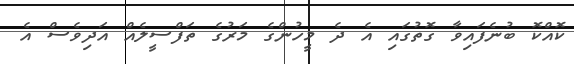
ކޮއްކޮ ބުނެފައިވާ ގޮތުގައި އެ ދެ މީހުންގެ މަރުގެ ތަފްސީލެއް އަދިވެސް އެ